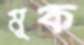
মূক